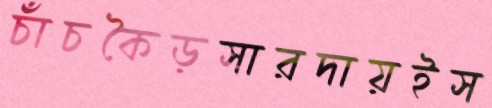
চাঁচকৈড়সারদায়ইস